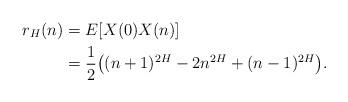
LaTeX: \begin{align*} r_H (n) & = E[X(0) X(n)]\\ & = \frac{1}{2} \big( (n+1)^{2H} - 2n^{2H} + (n-1)^{2H} \big). \end{align*}